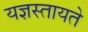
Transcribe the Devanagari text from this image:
यज्ञस्तायते